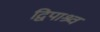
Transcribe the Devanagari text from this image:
द्विपाश्र्व